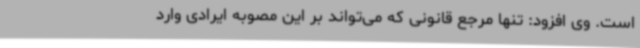
است. وی افزود: تنها مرجع قانونی که می‌تواند بر این مصوبه ایرادی وارد